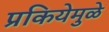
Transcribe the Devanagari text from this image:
प्रकियेमुळे